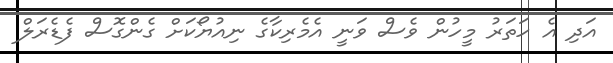
އަދި އެ ހަތަރު މީހުން ވެސް ވަނީ އެމެރިކާގެ ނިއުޔޯކަށް ގެންގޮސް ފެޑެރަލް